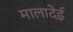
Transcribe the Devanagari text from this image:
मालादेई